Burma Government Medical School reports 1907-22
Year: 1907
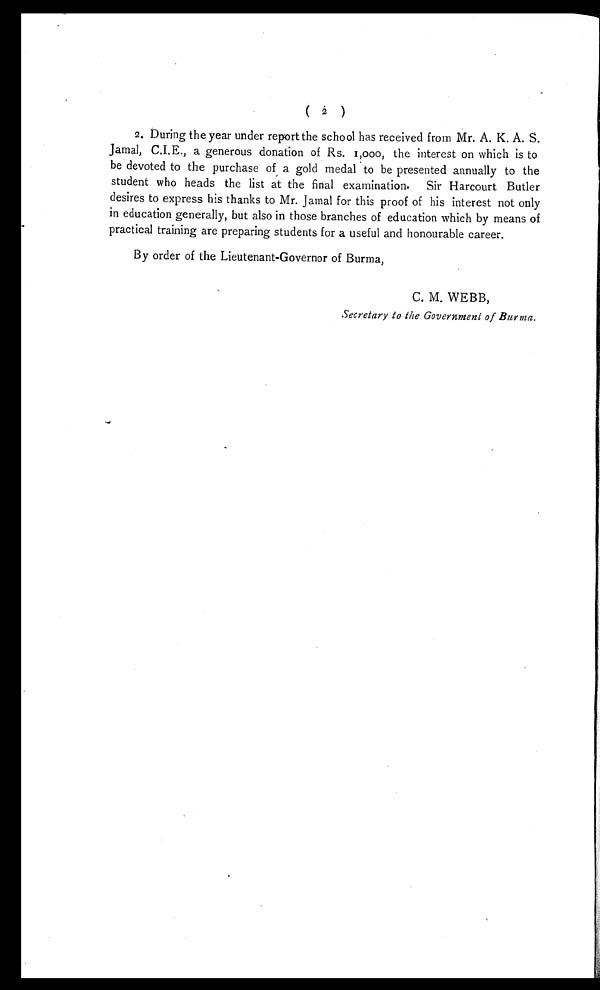
( 2 )
2. During the year under report the school has received from Mr. A. K. A. S.
J a ma l , C. I . E. , a g e n e r o u s d o n a t i o n o f Rs . 1, 000, t he i nt e r e s t on whi c h i s t o
be devoted to the purchase of a gold medal to be presented annually to the
student who heads the list at the final examination. Sir Harcourt Butler
desires to express his thanks to Mr. Jamal for this proof of his interest not only
in education generally, but also in those branches of education which by means of
practical training are preparing students for a useful and honourable career.
By order of the Lieutenant-Governor of Burma,
C. M. WEBB,
Secretary to the Government of Burma.